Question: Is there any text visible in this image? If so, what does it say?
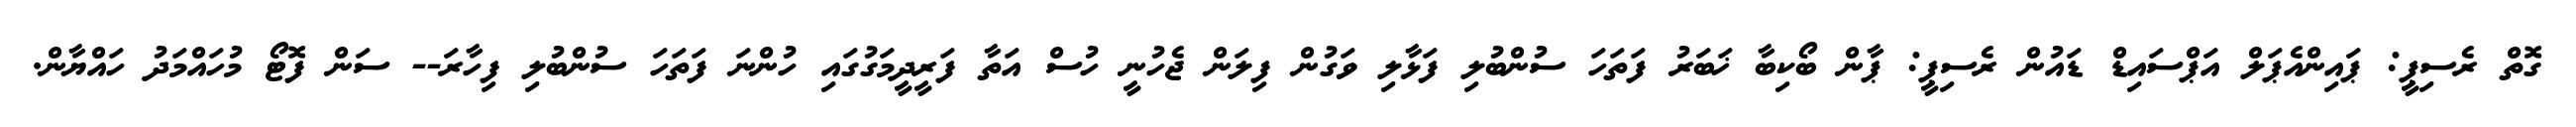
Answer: ގޮތް ރެސިޕީ: ޕައިންއެޕަލް އަޕްސައިޑް ޑައުން ރެސިޕީ: ޕާން ބޯކިބާ ޚަބަރު ފަތަހަ ސުންބުލި ފަޅާލި ވަގުން ފިލަން ޖެހުނީ ހުސް އަތާ ފަރީދީމަގުގައި ހުންނަ ފަތަހަ ސުންބުލި ފިހާރަ-- ސަން ފޮޓޯ މުހައްމަދު ހައްޔާން.